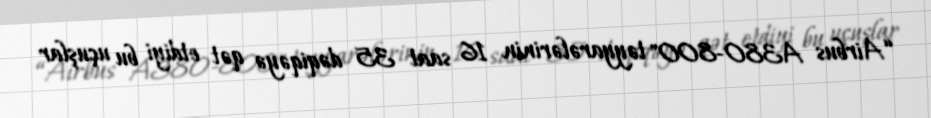
“Airbus A380-800" təyyarələrinin 16 saat 35 dəqiqəyə qət etdiyi bu uçuşlar